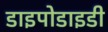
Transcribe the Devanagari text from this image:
डाइपोडाइडी